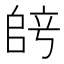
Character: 𫡞